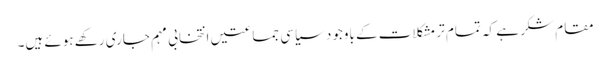
مقام شکر ہے کہ تمام تر مشکلات کے باوجود سیاسی جماعتیں انتخابی مہم جاری رکھے ہوئے ہیں۔